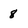
Character: 8